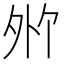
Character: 𪤸